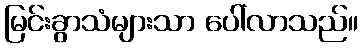
မြင်းခွာသံများသာ ပေါ်လာသည်။